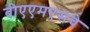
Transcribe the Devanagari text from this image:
बीएएमएसचे